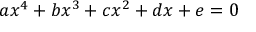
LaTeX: a x ^ { 4 } + b x ^ { 3 } + c x ^ { 2 } + d x + e = 0